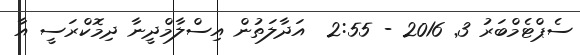
ސެޕްޓެމްބަރު 3